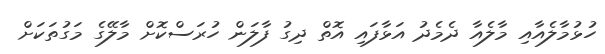
ހުޅުމާލެއާއި މާލެއާ ދެމެދު އަޅާފައި އޮތް ދިގު ފާލަން ހުރަސްކޮށް މާލޭގެ މަގުތަކަށް